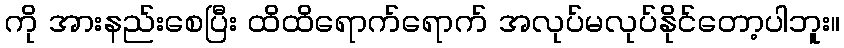
ကို အားနည်းစေပြီး ထိထိရောက်ရောက် အလုပ်မလုပ်နိုင်တော့ပါဘူး။